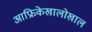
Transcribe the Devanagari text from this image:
आफ्रिकेखालोखाल